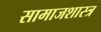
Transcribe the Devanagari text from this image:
सामाजशास्त्र